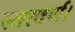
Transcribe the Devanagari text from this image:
स्तरवर्ण।